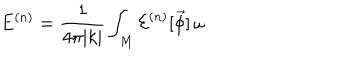
LaTeX: E ^ { ( n ) } = \frac { 1 } { 4 \pi | k | } \int _ { M } { \cal E } ^ { ( n ) } [ \vec { \phi } ] \, \omega